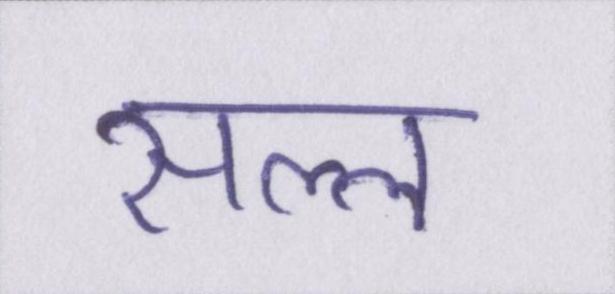
सल्ल